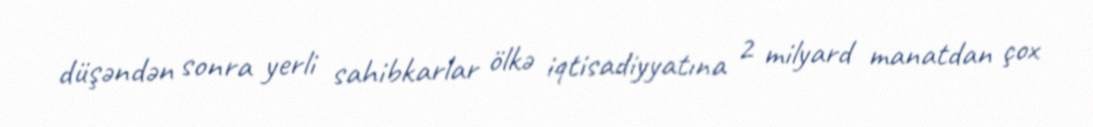
düşəndən sonra yerli sahibkarlar ölkə iqtisadiyyatına 2 milyard manatdan çox